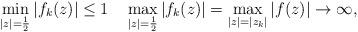
LaTeX: \begin{align*}\min_{|z|=\frac12}|f_k(z)|\leq 1\quad\max_{|z|=\frac12}|f_k(z)|=\max_{|z|=|z_k|}|f(z)|\to \infty,\end{align*}